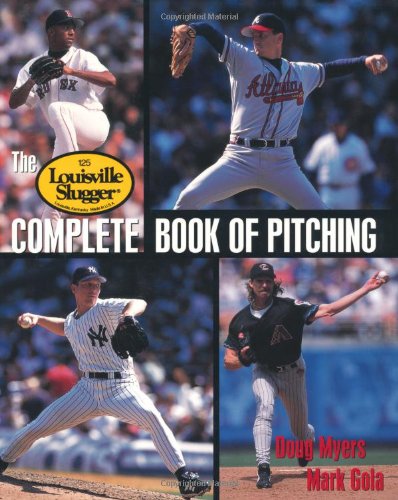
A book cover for Louisville Slugger Complete Book of Pitching; Doug Myers; Sports & Outdoors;